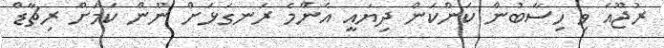
ރުޖޫއަ ވި ހިސާބުން ކަންކަން ދިޔައީ އެންމެ ރަނގަޅަށް ނޫން ކަމަށް ރިޗާޑް